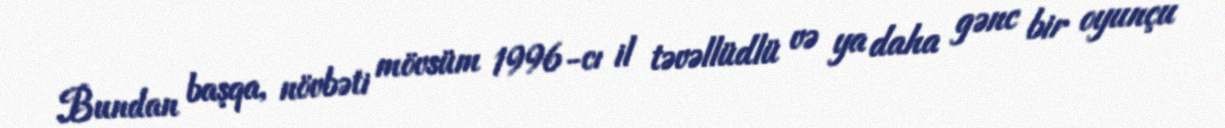
Bundan başqa, növbəti mövsüm 1996-cı il təvəllüdlü və ya daha gənc bir oyunçu